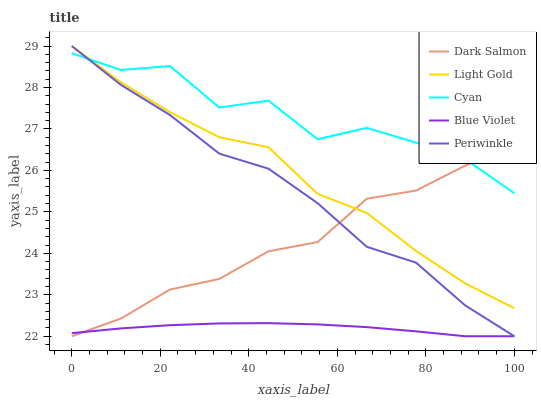
| xaxis_label | Dark Salmon | Light Gold | Cyan | Blue Violet | Periwinkle |
 | --- | --- | --- | --- | --- | --- |
 | 0 | 22 | 29 | 28.8 | 22.1 | 29 |
 | 11.1 | 22.4 | 28.1 | 28.4 | 22.2 | 28.1 |
 | 22.2 | 23.1 | 27.4 | 28.5 | 22.3 | 27.3 |
 | 33.3 | 23.4 | 26.8 | 27.5 | 22.3 | 26.4 |
 | 44.4 | 24 | 26.6 | 27.7 | 22.3 | 26 |
 | 55.6 | 24.3 | 25.4 | 26.8 | 22.3 | 25.2 |
 | 66.7 | 25.3 | 25 | 27 | 22.2 | 24.2 |
 | 77.8 | 25.5 | 24.1 | 26.7 | 22.1 | 23.8 |
 | 88.9 | 26.1 | 23.3 | 26.3 | 22 | 22.7 |
 | 100 | 26.6 | 22.7 | 25.4 | 22 | 22 |